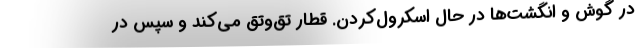
در گوش و انگشت‌ها در حال اسکرول‌کردن. قطار تق‌وتق می‌کند و سپس در